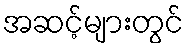
အဆင့်များတွင်